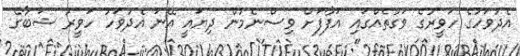
އެދުވަހުގެ ހަވީރުގެ ވަގުތެއްގައި އަފާފަށް ވިސްނެމުން ދިޔައީ އޭނަ އެދުވަހު ހަވީރު ޝަބާގެ